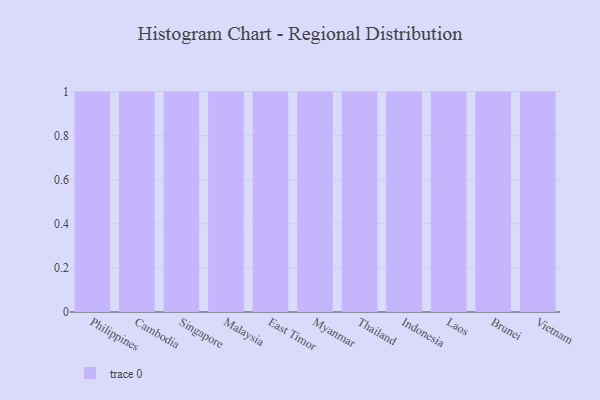
{"axis": {"x": "Country", "y": "Conversion Rate (%)"}, "legend": [""], "data": [{"x": "Philippines", "y": 3, "type": ""}, {"x": "Cambodia", "y": 80, "type": ""}, {"x": "Singapore", "y": 92, "type": ""}, {"x": "Malaysia", "y": 75, "type": ""}, {"x": "East Timor", "y": 99, "type": ""}, {"x": "Myanmar", "y": 55, "type": ""}, {"x": "Thailand", "y": 31, "type": ""}, {"x": "Indonesia", "y": 63, "type": ""}, {"x": "Laos", "y": 98, "type": ""}, {"x": "Brunei", "y": 69, "type": ""}, {"x": "Vietnam", "y": 72, "type": ""}]}